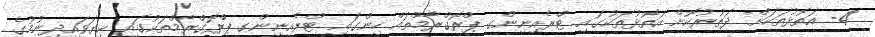
4- އަތޮޅުތަކަށް ދަތުރުކޮށް އަތޮޅުތަކުގައި ޓްރެއިނިންގ ޕްރޮގްރާމްތައް ހިންގައި ޓްރެއިނިންގ ޕްރޮގްރާމްތަކުގައި ކިޔަވައިދިނުމުގެ